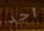
أحد